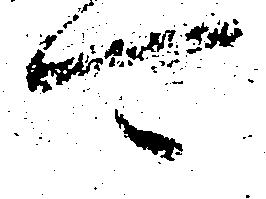
可